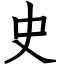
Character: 史